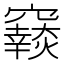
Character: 𥨴